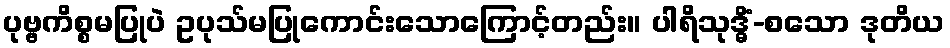
ပုဗ္ဗကိစ္စမပြုပဲ ဥပုသ်မပြုကောင်းသောကြောင့်တည်း။ ပါရိသုဒ္ဓိံ-စသော ဒုတိယ